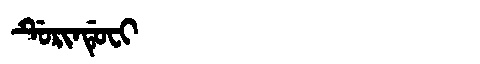
Manchu: ᡩᡠᡵᡳᠨᡩᡠᠸᡳ
Romanization: DURINDUFI